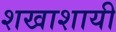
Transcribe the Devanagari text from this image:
शखाशायी